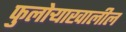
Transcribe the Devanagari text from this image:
फुलोऱ्याखालील